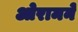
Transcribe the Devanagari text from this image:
ओरामने